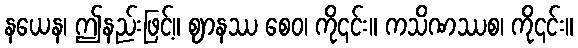
နယေန၊ ဤနည်းဖြင့်။ ဈာနဿ စေဝ၊ ကို၎င်း။ ကသိဏဿစ၊ ကို၎င်း။